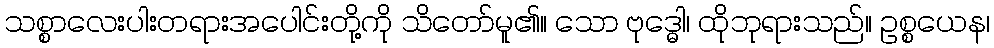
သစ္စာလေးပါးတရားအပေါင်းတို့ကို သိတော်မူ၏။ သော ဗုဒ္ဓေါ၊ ထိုဘုရားသည်။ ဥစ္စယေန၊